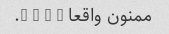
ممنون واقعا … … … ….